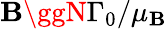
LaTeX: \mathbf{B}\ggN\Gamma_{0}/\mu_{\mathbf{B}}